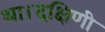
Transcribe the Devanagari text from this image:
था।दक्षिणी